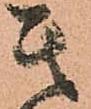
其